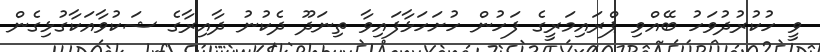
ވީ ހުކުރުދުވަހު ބޭއްވި ޕްރައިމަރީގެ ފަހުން ހުށަހަޅާފައިވާ ތިނަދޫ ދެކުނު ދާއިރާގެ ޝަކުވާއަކާގުޅިގެން